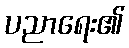
ပညာရေး၏